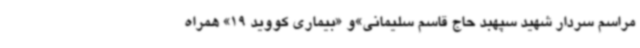
مراسم سردار شهید سپهبد حاج قاسم سلیمانی»و «بیماری کووید 19» همراه